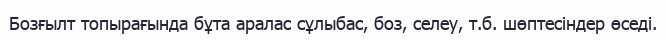
Бозғылт топырағында бұта аралас сұлыбас, боз, селеу, т.б. шөптесіндер өседі.